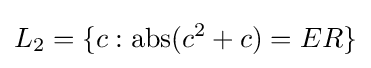
L_{2}=\{c:\operatorname {abs} (c^{2}+c)=ER\}